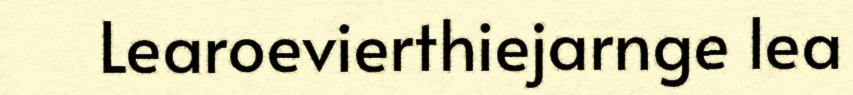
Learoevierthiejarnge lea